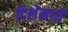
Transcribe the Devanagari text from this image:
दिशेमध्ये